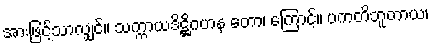
အားဖြင့်သာလျှင်။ သက္ကာယဒိဋ္ဌိဂဟန တော၊ ကြောင့်။ ပကတိဘူတာယ၊